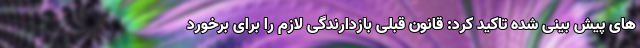
های پیش بینی شده تاکید کرد: قانون قبلی بازدارندگی لازم را برای برخورد